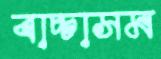
বাচ্চাসম